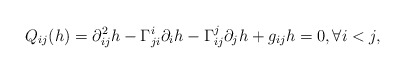
\begin{align*} Q_{ij}(h)=\partial^2_{ij}h-\Gamma_{ji}^i\partial_ih-\Gamma_{ij}^j\partial_jh+g_{ij}h=0, \forall i< j, \end{align*}